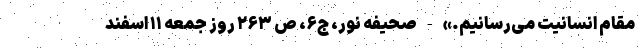
مقام انسانیت می‌رسانیم.» - صحیفه نور، ج۶، ص ۲۶۳ روز جمعه ۱۱ اسفند